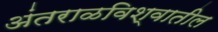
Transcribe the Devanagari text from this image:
अंतराळविश्वातील